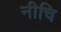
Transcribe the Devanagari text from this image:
नीचि